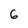
Character: 6